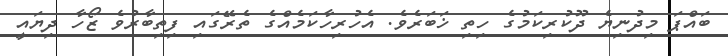
ބައްޕަ މިދުނިޔެ ދޫކުރިކަމުގެ ހިތި ޚަބަރެވެ. އެހުރިހާކަމެއްގެ ތެރޭގައި ފިތިބާރުވެ ޒޯހާ ދިޔައީ